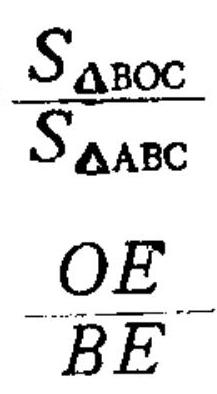
\(\frac{S_{\triangle BOC}}{S_{\triangle ABC}}\)
\(\frac{OE}{BE}\)